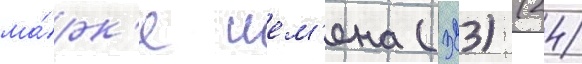
ма́рк'е ием'ена (323) (24